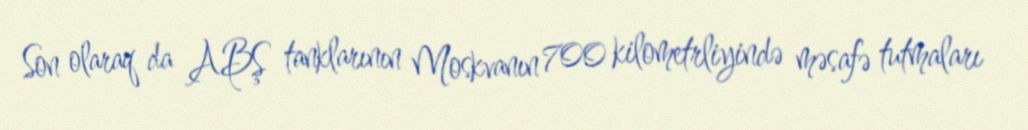
Son olaraq da ABŞ tanklarının Moskvanın 700 kilometrliyində məsafə tutmaları